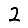
Digit: 2